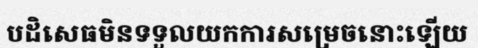
បដិសេធមិនទទួលយកការសម្រេចនោះឡើយ